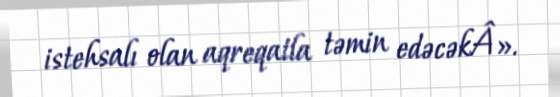
istehsalı olan aqreqatla təmin edəcəkÂ».